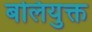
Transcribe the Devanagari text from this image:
बलियुक्त